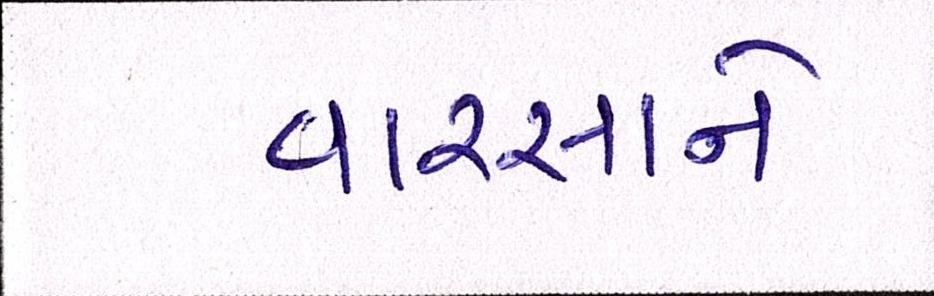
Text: વારસાને